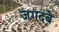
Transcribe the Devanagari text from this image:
जगदंबे